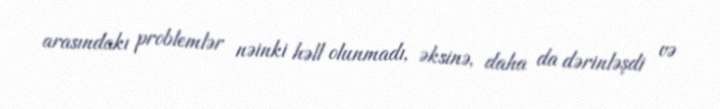
arasındakı problemlər nəinki həll olunmadı, əksinə, daha da dərinləşdi və